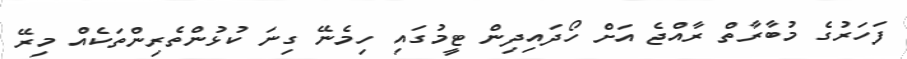
ފަހަރުގެ މުބާރާތް ރާއްޖެ އަށް ހޯދައިދިން ޓީމުގައި ހިމެނޭ ގިނަ ކުޅުންތެރިންތަކެއް މިރޭ